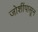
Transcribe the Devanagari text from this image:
जोशींपासून